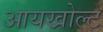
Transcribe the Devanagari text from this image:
आयखोल्ट